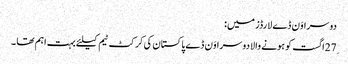
دوسرا وَن ڈے لارڈز میں:
27ِاگست کو ہونے والا دوسرا وَن ڈے پاکستان کی کرکٹ ٹیم کیلئے بہت اہم تھا ۔